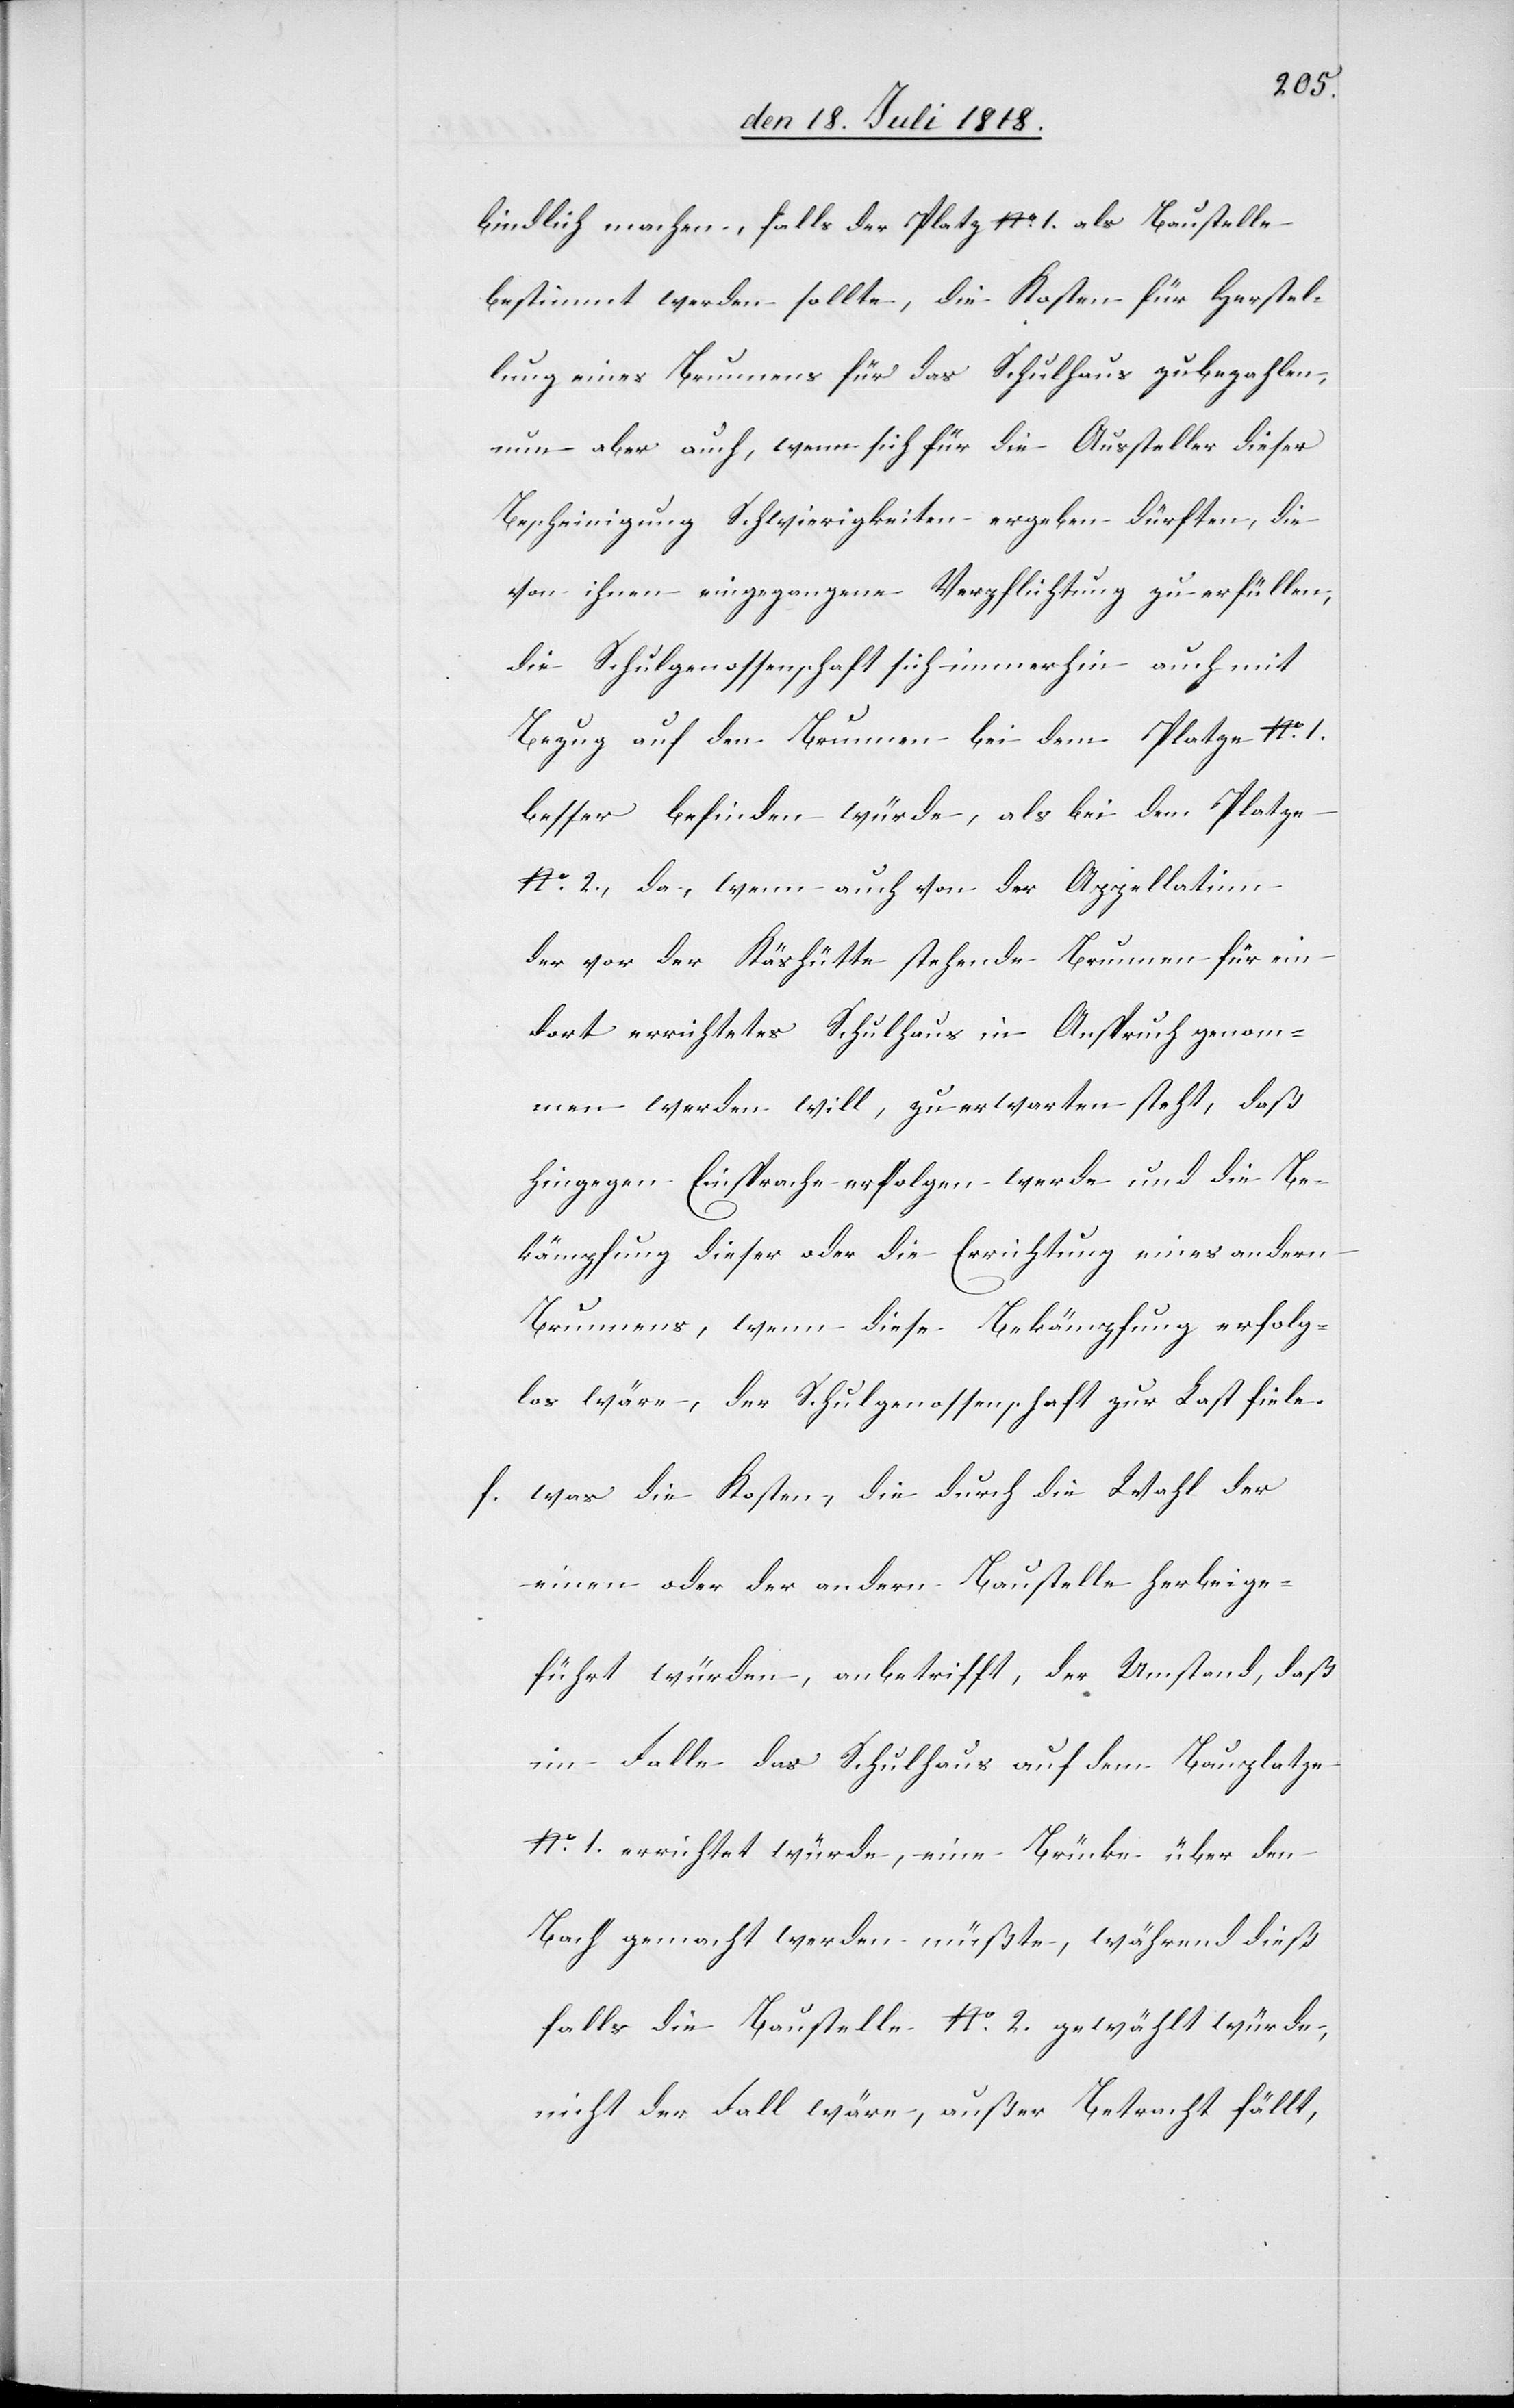
bindlich machen, falls der Platz No 1. als Baustelle
bestimmt werden sollte, die Kosten für Herstel¬
lung eines Brunnens für das Schulhause zu bezahlen,
nun aber auch, wenn sich für die Aussteller dieser
Bescheinigung Schwierigkeiten ergeben dürften, die
von ihnen eingegangene Verpflichtung zu erfüllen,
die Schulgenossenschaft sich immerhin auch mit
Bezug auf den Brunnen bei dem Platze No 1.
besser befinden würde, als bei dem Platze
No 2., da, wenn auch von der Appellatinn
der vor der Käshütte stehende Brunnen für ein
dort errichtetes Schulhaus in Anspruch genom¬
men werden will, zu erwarten steht, daß
hingegen Einsprache erfolgen werde und die Be¬
kämpfung dieser oder die Errichtung eines andern
Brunnens, wenn diese Bekämpfung erfolg¬
los wäre, der Schulgenossenschaft zur Last fiele
f. was die Kosten, die durch die Wahl der
einen oder der andern Baustelle herbeige¬
führt würden, anbetrifft, der Umstand, daß
im Falle das Schulhaus auf dem Bauplatze
No 1. errichtet würde, eine Brücke über den
Bach gemacht werden müßte, während dieß
falls die Baustelle No 2. gewählt würde,
nicht der Fall wäre, außer Betracht fällt,